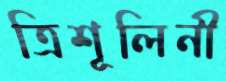
ত্রিশূলিনী